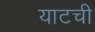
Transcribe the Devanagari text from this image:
याटची